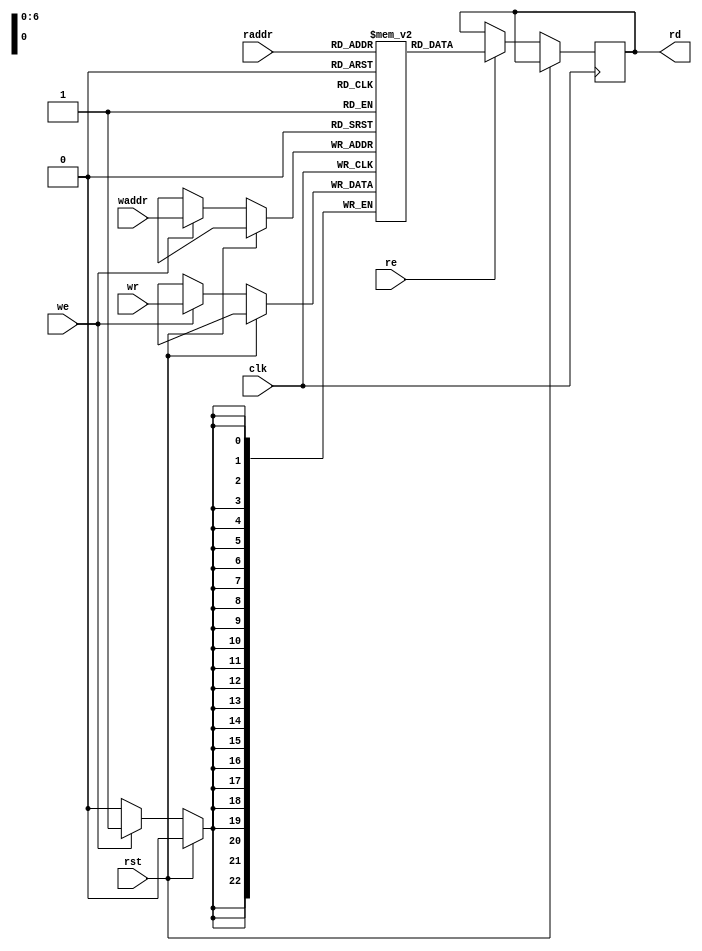
module ram_128_23(
    input wire clk,
    input wire rst,
    // Read port
    input wire [6:0] raddr,
    output wire [22:0] rd,
    input wire re,
    // Write port
    input wire [6:0] waddr,
    input wire [22:0] wr,
    input wire we
);

`ifdef SKY130
    /*sky130_sram_1r1w_24x128 mem(
        .clk0(clk),
        .csb0(!we),
        .addr0(waddr),
        .din0(wr),
        .clk1(clk),
        .csb1(!re),
        .addr1(raddr),
        .dout1(rd)
    );*/

    // Use provided 32x256 macro
    wire [31:0] sram_rd;
    wire [31:0] sram_wr;
    sky130_sram_1kbyte_1rw1r_32x256_8 mem(
        .clk0(clk),
        .csb0(!we),
        .web0(!we),
        .wmask0(4'hF),
        .addr0({1'b0, waddr}),
        .din0(sram_wr),
        .dout0(),
        .clk1(clk),
        .csb1(!re),
        .addr1({1'b0, raddr}),
        .dout1(sram_rd)
    );
    assign rd = sram_rd[22:0];
    assign sram_wr = {9'd0, wr};
`else
    reg [22:0] mem [0:127];
    reg [22:0] rd_reg;

    always @(posedge clk) begin
        if (!rst) begin
            if (we) begin
                mem[waddr] <= wr;
            end
            
            if (re) begin
                rd_reg <= mem[raddr];
            end
        end
    end

    assign rd = rd_reg;
`endif

endmodule